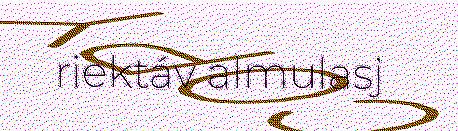
riektáv almulasj